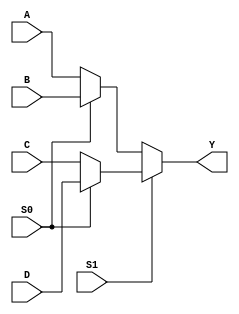

module multiplexer_4t01(A,B,C,D,S1,S0,Y);

	input A,B,C,D,S0,S1;
	output Y;

assign Y = S1?(S0?D:C):(S0?B:A);

endmodule